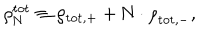
\rho _ { \mathrm { N } } ^ { \mathrm { t o t } } \equiv \rho _ { \mathrm { t o t } , + } + \mathrm { N } \cdot { \rho } _ { \mathrm { t o t } , - } ,